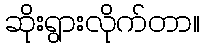
ဆိုးရွားလိုက်တာ။